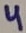
Text: 4